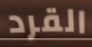
القرد